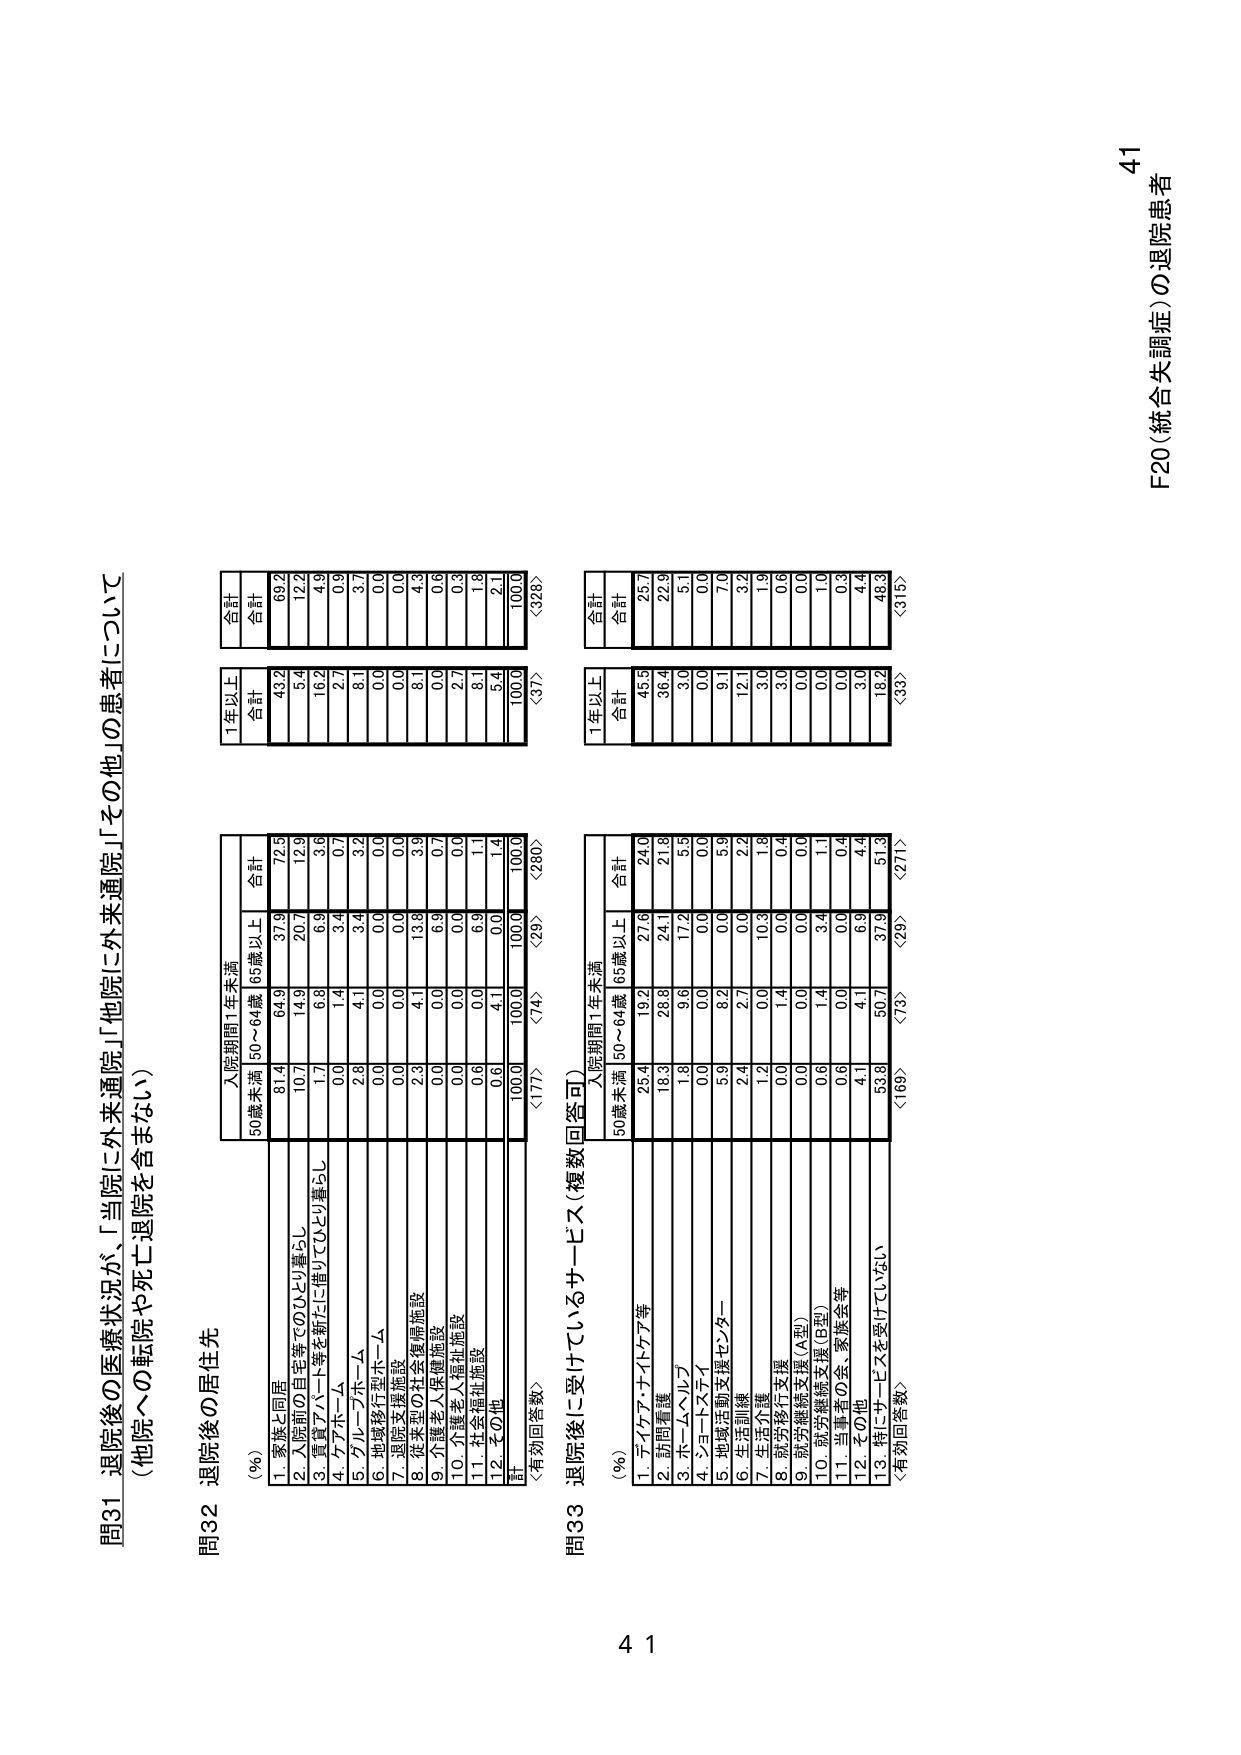
F20（統合失調症）の退院患者
41

問31 退院後の医療状況が、「当院に外来通院」「他院に外来通院」「その他」の患者について
（他院への転院や死亡退院を含まない）

問32 退院後の居住先
（%）
入院期間1年未満
1年以上
合計
50歳未満 50～64歳 65歳以上 合計
合計
1. 家族と同居
81.4
64.9
37.9
72.5
43.2
69.2
2. 入院前の自宅等でのひとり暮らし
10.7
14.9
20.7
12.9
5.4
12.2
3. 賃貸アパート等を新たに借りてひとり暮らし
1.7
0.8
6.9
3.6
16.2
4.9
4. ケアホーム
0.0
1.4
3.4
0.7
2.7
0.9
5. グループホーム
2.8
4.1
3.4
3.2
8.1
3.7
6. 地域移行型ホーム
0.0
0.0
0.0
0.0
0.0
0.0
7. 退院支援施設
0.0
0.0
0.0
0.0
0.0
0.0
8. 従来型の社会復帰施設
2.3
4.1
13.8
3.9
8.1
4.3
9. 介護老人保健施設
0.0
0.0
6.9
0.7
0.0
0.6
10. 介護老人福祉施設
0.0
0.0
0.0
0.0
2.7
0.3
11. 社会福祉施設
0.0
0.0
6.9
1.1
8.1
1.8
12. その他
0.6
4.1
0.0
1.4
3.4
2.1
計
100.0
100.0
100.0
100.0
100.0
100.0
〈有効回答数〉
〈177〉
〈74〉
〈29〉
〈280〉
〈37〉
〈328〉

問33 退院後に受けているサービス（複数回答可）
（%）
入院期間1年未満
1年以上
合計
50歳未満 50～64歳 65歳以上 合計
合計
1. デイケア・ナイトケア等
25.4
19.2
27.6
24.0
45.5
25.7
2. 訪問看護
18.3
28.8
24.1
21.8
36.4
22.9
3. ホームヘルプ
1.8
9.6
17.2
5.5
3.0
5.1
4. ジョーブスティ
0.0
0.0
0.0
0.0
0.0
0.0
5. 地域活動支援センター
5.9
8.2
0.0
5.9
9.1
7.0
6. 生活訓練
2.4
2.7
0.0
2.2
12.1
3.2
7. 生活介護
1.2
0.0
10.3
1.8
3.0
1.9
8. 就労移行支援
0.0
1.4
0.0
0.4
3.0
0.6
9. 就労継続支援（A型）
0.0
0.0
0.0
0.0
0.0
0.0
10. 就労継続支援（B型）
0.6
1.4
3.4
1.1
0.0
1.0
11. 当事者の会、家族会等
0.6
0.0
0.0
0.4
0.0
0.3
12. その他
4.1
4.1
6.9
4.4
3.0
4.4
13. 特にサービスを受けていない
53.8
50.7
37.9
51.3
18.2
48.3
〈有効回答数〉
〈169〉
〈73〉
〈29〉
〈271〉
〈33〉
〈316〉

41